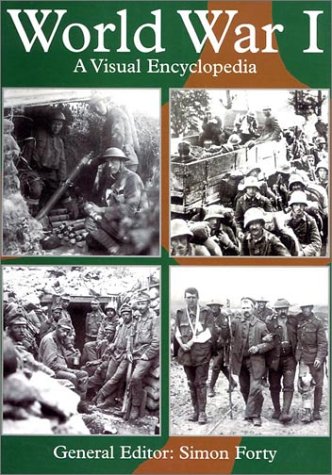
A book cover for World War I: A Visual Encyclopedia; Reference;